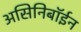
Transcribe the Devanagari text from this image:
असिनिबॉईन